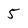
Character: 5